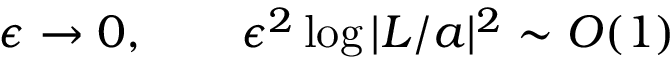
\epsilon \rightarrow 0 , \qquad \epsilon ^ { 2 } \log | L / a | ^ { 2 } \sim O ( 1 )